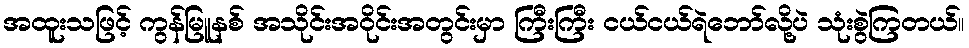
အထူးသဖြင့် ကွန်မြူနစ် အသိုင်းအဝိုင်းအတွင်းမှာ ကြီးကြီး ငယ်ငယ်ရဲဘော်လို့ပဲ သုံးစွဲကြတယ်။